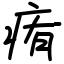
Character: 痏